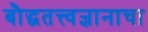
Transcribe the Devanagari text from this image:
बौद्धतत्त्वज्ञानाचा